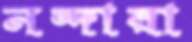
নন্দারা